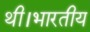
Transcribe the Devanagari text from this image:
थी।भारतीय